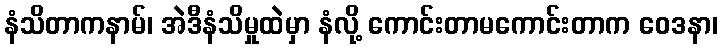
နံသိတာကနာမ်၊ အဲဒီနံသိမှုထဲမှာ နံလို့ ကောင်းတာမကောင်းတာက ဝေဒနာ၊